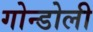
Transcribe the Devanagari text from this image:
गोन्डोली